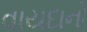
વાયદાનો